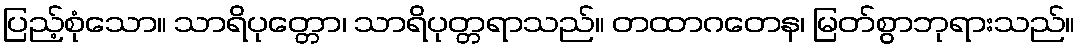
ပြည့်စုံသော။ သာရိပုတ္တော၊ သာရိပုတ္တရာသည်။ တထာဂတေန၊ မြတ်စွာဘုရားသည်။